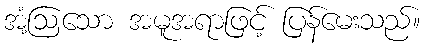
အံ့ဩသော အမူအရာဖြင့် ပြန်မေးသည်။